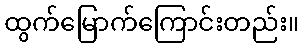
ထွက်မြောက်ကြောင်းတည်း။